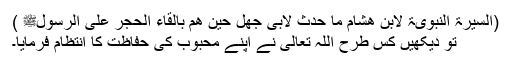
(السیرۃ النبویۃ لابن ھشام ما حدث لابی جھل حین ھم بالقاء الحجر علی الرسولﷺ )
تو دیکھیں کس طرح اللہ تعالیٰ نے اپنے محبوب کی حفاظت کا انتظام فرمایا۔